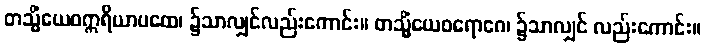
တသ္မိံယေဝဣရိယာပထေ၊ ၌သာလျှင်လည်းကောင်း။ တသ္မိံယေဝရောဂေ၊ ၌သာလျှင် လည်းကောင်း။